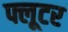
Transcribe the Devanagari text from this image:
फ्लूटर